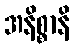
အနိစ္စာနိ